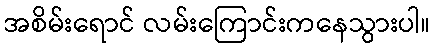
အစိမ်းရောင် လမ်းကြောင်းကနေသွားပါ။